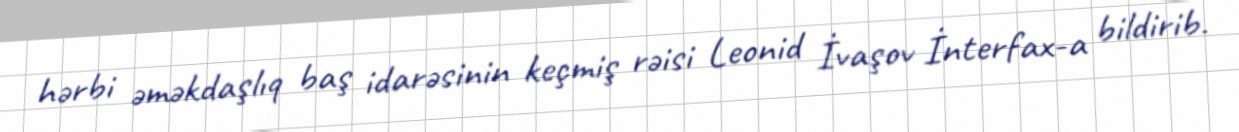
hərbi əməkdaşlıq baş idarəsinin keçmiş rəisi Leonid İvaşov İnterfax-a bildirib.